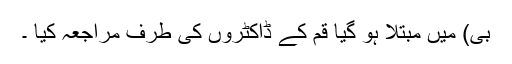
بی) میں مبتلا ہو گیا قم کے ڈاکٹروں کی طرف مراجعہ کیا ۔